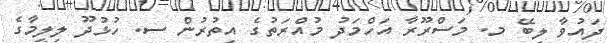
ދައުވާ ލިބޭ މ. މަސްރޫރާ އަހްމަދު މުއްރަތުގެ އިތުރުން ސ. ހުޅުދޫ ލިލީމާގެ